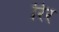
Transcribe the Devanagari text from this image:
रिर